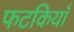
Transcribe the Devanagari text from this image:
फटकियाँ